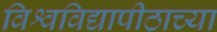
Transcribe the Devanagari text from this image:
विश्वविद्यापीठाच्या